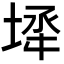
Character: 𡍅